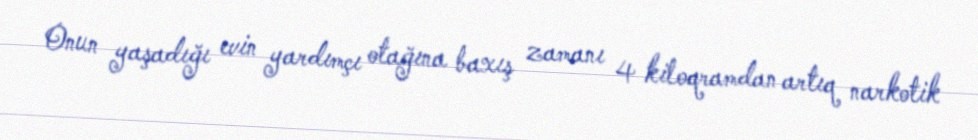
Onun yaşadığı evin yardımçı otağına baxış zamanı 4 kiloqramdan artıq narkotik